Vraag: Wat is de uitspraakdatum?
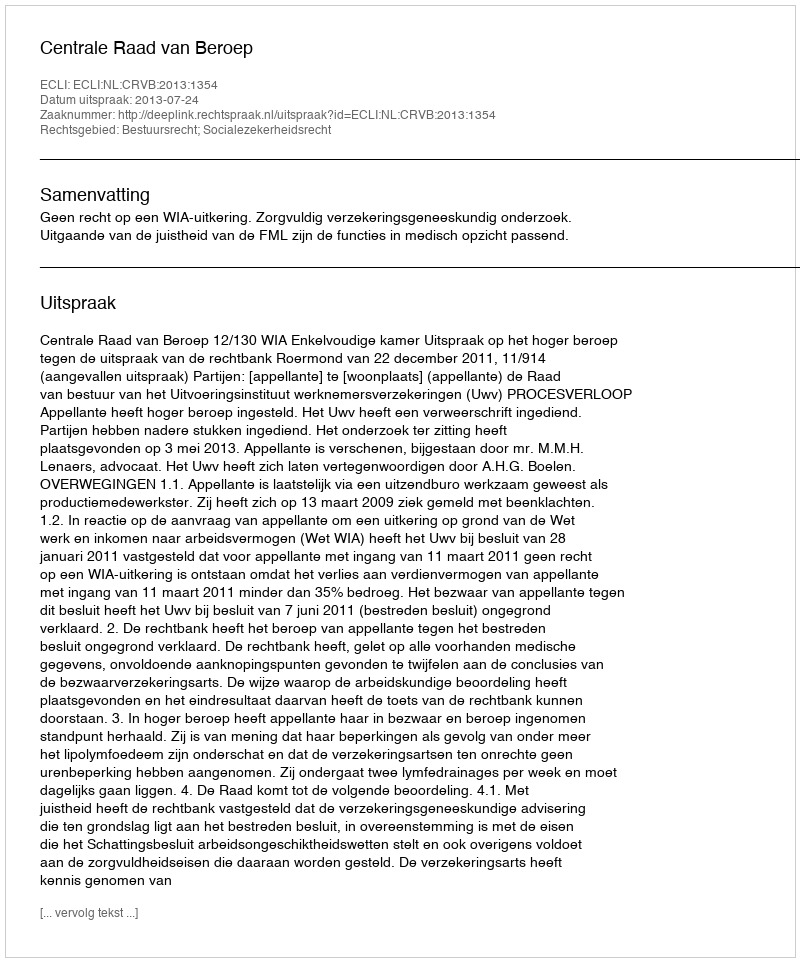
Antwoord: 2013-07-24